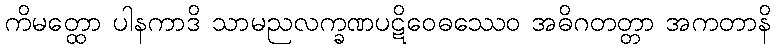
ကိမတ္ထော ပါနကာဒိ သာမညလက္ခဏပဋိဝေဓဿေဝ အဓိဂတတ္တာ အကတာနိ